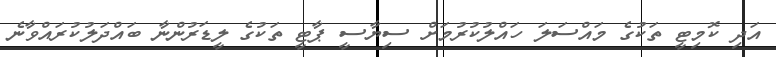
އަދި ކޮމިޓީ ތަކުގެ މައްސަލަ ހައްލުކުރުމަށް ސިޔާސީ ޕާޓީ ތަކުގެ ލީޑަރުންނާ ބައްދަލުކުރައްވާނެ